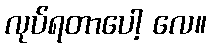
လုပ်ရတာပေါ့ လေ။